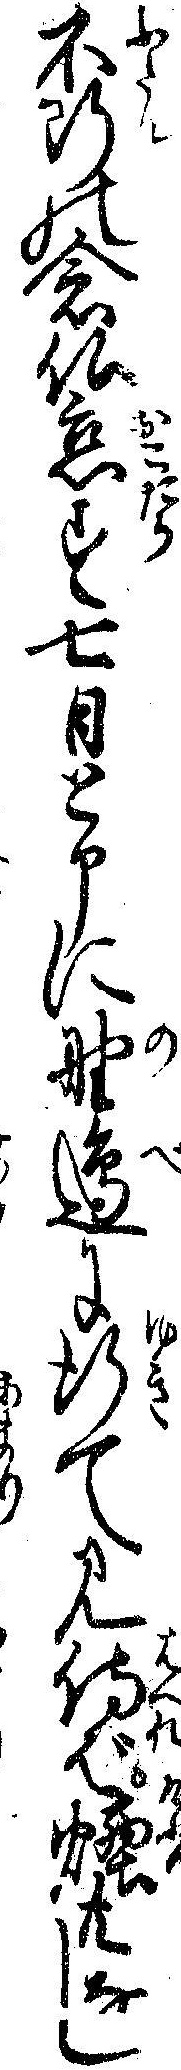
不断の念仏怠す七日と申に野辺に行て見侍ば煙共なし